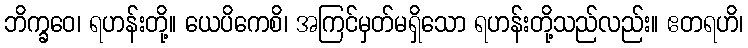
ဘိက္ခဝေ၊ ရဟန်းတို့။ ယေပိကေစိ၊ အကြင်မှတ်မရှိသော ရဟန်းတို့သည်လည်း။ ဧတရဟိ၊